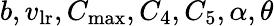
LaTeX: b,v_{\mathrm{lr}},C_{\mathrm{max}},C_{4},C_{5},\alpha,\theta